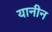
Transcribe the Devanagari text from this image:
यानीन